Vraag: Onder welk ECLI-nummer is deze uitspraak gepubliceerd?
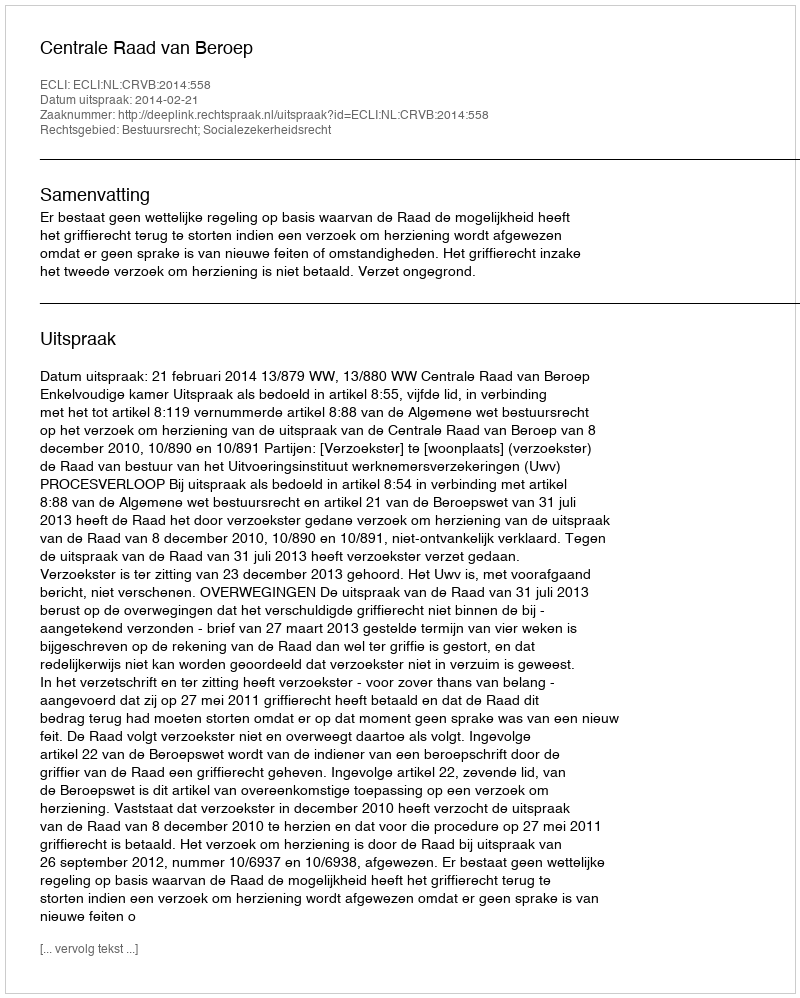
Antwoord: ECLI:NL:CRVB:2014:558